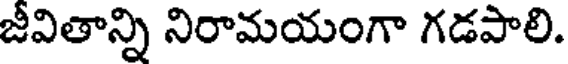
జీవితాన్ని నిరామయంగా గడపాలి.